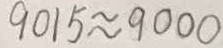
9 0 1 5 \approx 9 0 0 0